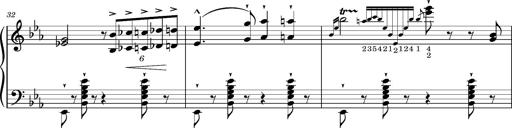
Title: Magyar rapszÃ³diÃ¡k
Composer: Franz Liszt